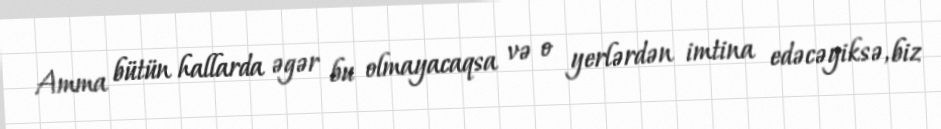
Amma bütün hallarda əgər bu olmayacaqsa və o yerlərdən imtina edəcəyiksə, biz